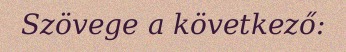
Szövege a következő: